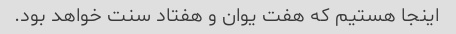
اینجا هستیم که هفت یوان و هفتاد سنت خواهد بود.